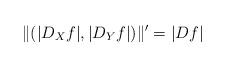
\begin{align*}\|(|D_Xf|,|D_Yf|)\|'= |Df|\end{align*}